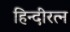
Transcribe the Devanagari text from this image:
हिन्दीरत्न